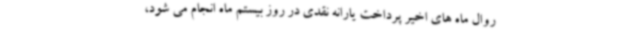
روال ماه های اخیر پرداخت یارانه نقدی در روز بیستم ماه انجام می شود،